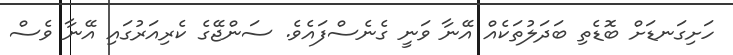
ހަށިގަނޑަށް ބޮޑެތި ބަދަލުތަކެއް އޭނާ ވަނީ ގެނެސްފައެވެ. ސަންޖޭގެ ކެރިއަރުގައި އޭނާ ވެސް